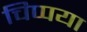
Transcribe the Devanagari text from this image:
चिप्पया